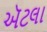
ઍટલા